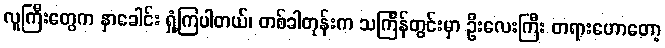
လူကြီးတွေက နှာခေါင်း ရှုံ့ကြပါတယ်၊ တစ်ခါတုန်းက သင်္ကြန်တွင်းမှာ ဦးလေးကြီး တရားဟောတော့